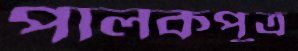
পালকপুত্র